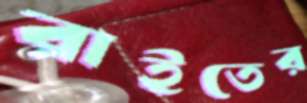
রাইতের